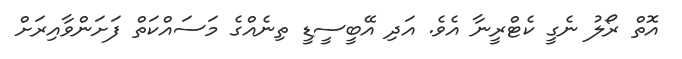
އޮތް ރޯލު ނެގީ ކެޓްރީނާ އެވެ. އަދި އޭބީސީޑީ ތިނެއްގެ މަސައްކަތް ފަށަންވާއިރަށް